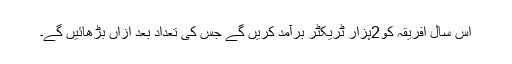
اس سال افریقہ کو2ہزار ٹریکٹر برآمد کریں گے جس کی تعداد بعد ازاں بڑھائیں گے۔